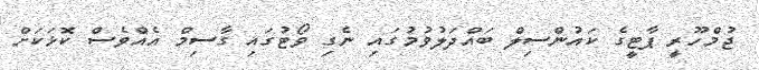
ޖުމްހޫރީ ޕާޓީގެ ކައުންސިލް ބައްދަލުވުމުގައި ނެގި ވޯޓުގައި ގާސިމް އެއްވެސް ކޮޅަކަށް